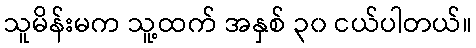
သူမိန်းမက သူ့ထက် အနှစ် ၃၀ ငယ်ပါတယ်။